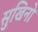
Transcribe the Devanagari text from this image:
सुखिनो